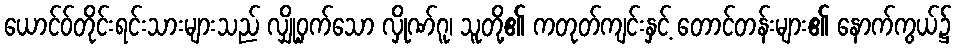
ယောင်ဝ်တိုင်းရင်းသားများသည် လျှို့ဝှက်သော လှိုဏ်ဂူ၊ သူတို့၏ ကတုတ်ကျင်းနှင့် တောင်တန်းများ၏ နောက်ကွယ်၌